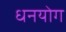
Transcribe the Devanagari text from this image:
धनयोग